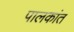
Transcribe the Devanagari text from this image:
पालकांत